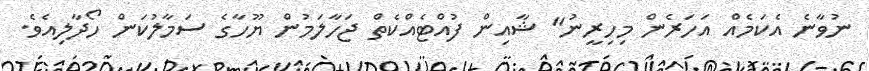
ނުވާނެ އެކަމެއް އަހަރެން މިހިރީނު" ޝާއިން ފުއްޓެއްކެތް ޖަހާލަމުން ޔޫހާގެ ސަމާލުކަން ހޯދާލިއެވެ.